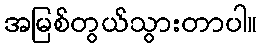
အမြစ်တွယ်သွားတာပါ။